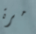
مرة